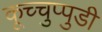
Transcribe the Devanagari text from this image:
कूच्चुप्पुडी